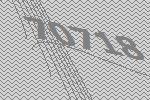
70718